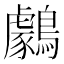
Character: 𪆺